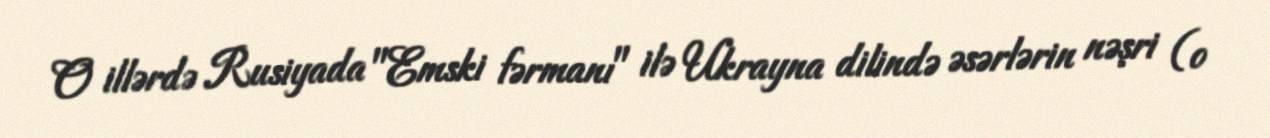
O illərdə Rusiyada "Emski fərmanı" ilə Ukrayna dilində əsərlərin nəşri (o